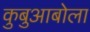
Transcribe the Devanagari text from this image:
कुबुआबोला